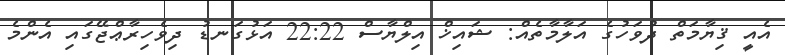
އެއީ ޤިޔާމަތް ދުވަހުގެ އަލާމާތެއް: ޝައިޚް އިލްޔާސް 22:22 އަޅުގަނޑު ދިވެހިރާޢްޖޭގައި އެންމެ